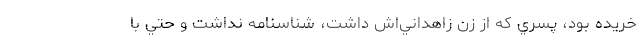
خريده بود، پسري كه از زن زاهداني‌اش داشت، شناسنامه نداشت و حتي با